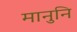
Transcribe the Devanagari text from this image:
मानुनि